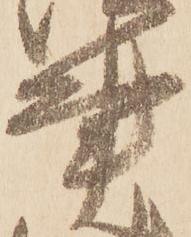
事